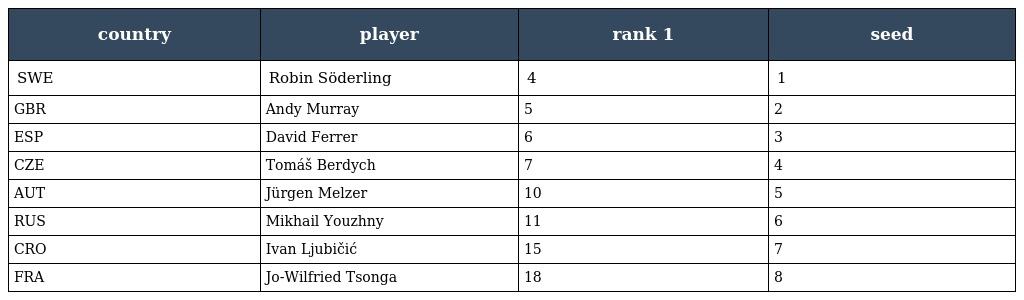
| country | player | rank 1 | seed |
 | --- | --- | --- | --- |
 | SWE | Robin Söderling | 4 | 1 |
 | GBR | Andy Murray | 5 | 2 |
 | ESP | David Ferrer | 6 | 3 |
 | CZE | Tomáš Berdych | 7 | 4 |
 | AUT | Jürgen Melzer | 10 | 5 |
 | RUS | Mikhail Youzhny | 11 | 6 |
 | CRO | Ivan Ljubičić | 15 | 7 |
 | FRA | Jo-Wilfried Tsonga | 18 | 8 |